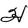
Character: H